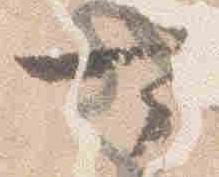
可